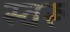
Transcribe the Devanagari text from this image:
स्वरू